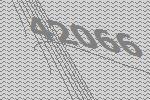
42066